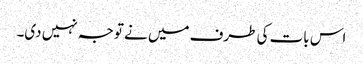
اس بات کی طرف میں نے توجہ نہیں دی۔